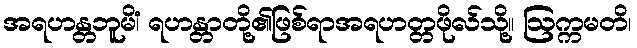
အရဟန္တဘူမိံ၊ ရဟန္တာတို့၏ဖြစ်ရာအရဟတ္တဖိုလ်သို့။ ဩက္ကမတိ၊